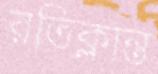
রতিক্লান্ত